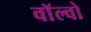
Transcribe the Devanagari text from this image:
वाॅल्वो